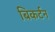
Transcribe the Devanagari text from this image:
बिकर्टन